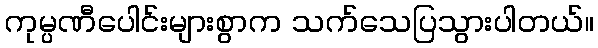
ကုမ္ပဏီပေါင်းများစွာက သက်သေပြသွားပါတယ်။